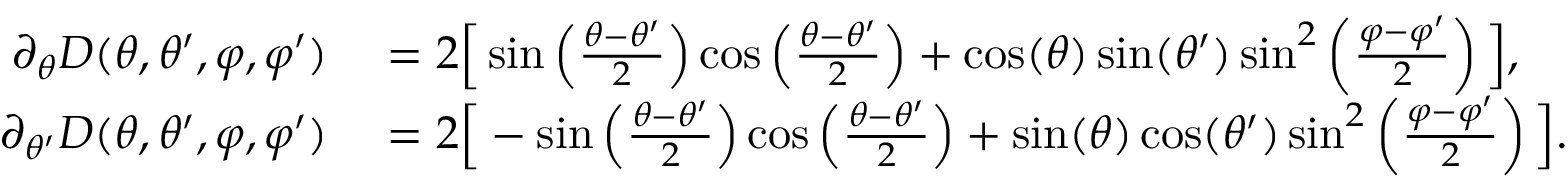
\begin{array} { r l } { \partial _ { \theta } D ( \theta , \theta ^ { \prime } , \varphi , \varphi ^ { \prime } ) } & { { } = 2 \Big [ \sin \left( \frac { \theta - \theta ^ { \prime } } { 2 } \right) \cos \left( \frac { \theta - \theta ^ { \prime } } { 2 } \right) + \cos ( \theta ) \sin ( \theta ^ { \prime } ) \sin ^ { 2 } \left( \frac { \varphi - \varphi ^ { \prime } } { 2 } \right) \Big ] , } \\ { \partial _ { \theta ^ { \prime } } D ( \theta , \theta ^ { \prime } , \varphi , \varphi ^ { \prime } ) } & { { } = 2 \Big [ - \sin \left( \frac { \theta - \theta ^ { \prime } } { 2 } \right) \cos \left( \frac { \theta - \theta ^ { \prime } } { 2 } \right) + \sin ( \theta ) \cos ( \theta ^ { \prime } ) \sin ^ { 2 } \left( \frac { \varphi - \varphi ^ { \prime } } { 2 } \right) \Big ] . } \end{array}